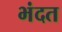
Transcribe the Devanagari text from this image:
भंदत